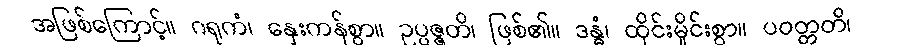
အဖြစ်ကြောင့်။ ဂရုကံ၊ နှေးကန်စွာ။ ဥပ္ပဇ္ဇတိ၊ ဖြစ်၏။ ဒန္ဓံ၊ ထိုင်းမှိုင်းစွာ။ ပဝတ္တတိ၊